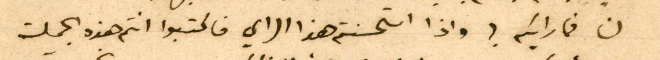
لنا فمارايكم؟ واذا استحسنتم هذا الراي فاكتبوا انتم هذا الجملة